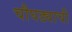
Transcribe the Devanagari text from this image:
चौघड्याची